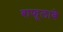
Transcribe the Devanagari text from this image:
बाफूलाबे